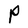
Character: P